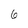
Character: 6